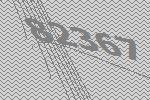
82367